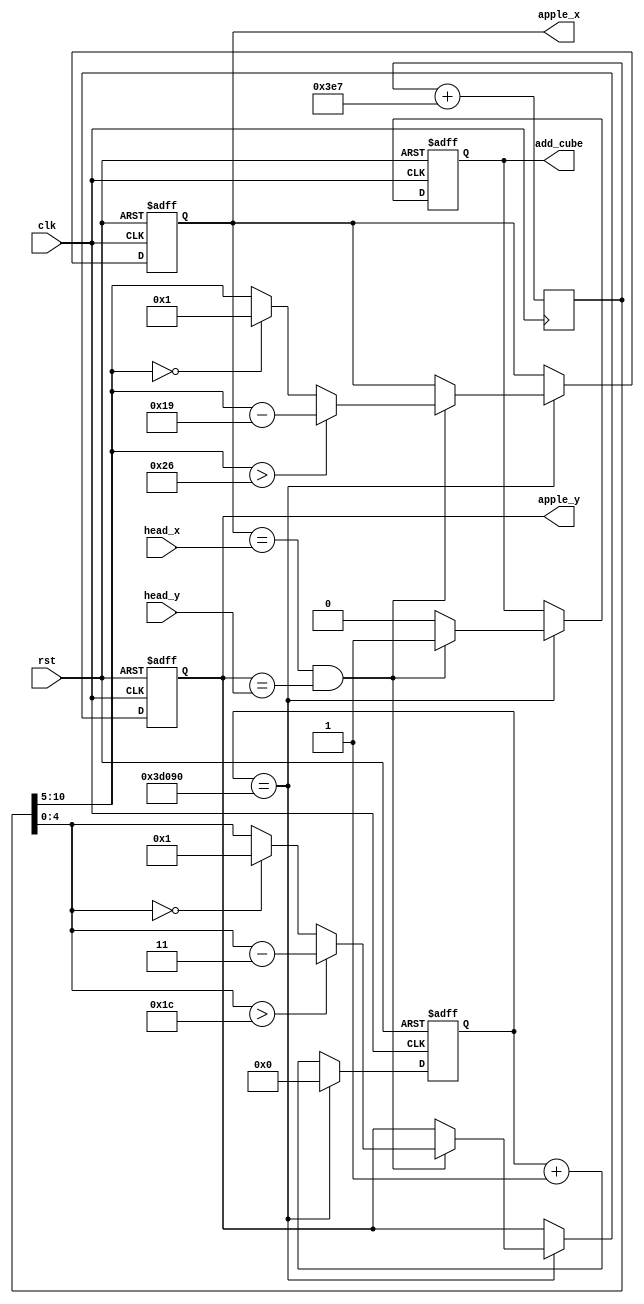
//
module Snake_Eatting_Apple
(
	input clk,
	input rst,
	
	input [5:0]head_x,
	input [5:0]head_y,
	
	output reg [5:0]apple_x,
	output reg [4:0]apple_y,

	output reg add_cube
);

	reg [31:0]clk_cnt;
	reg [10:0]random_num;
	
	always@(posedge clk)
		random_num <= random_num + 999;  //  
		//5X 5Y
	
	always@(posedge clk or negedge rst) begin
		if(!rst) begin
			clk_cnt <= 0;
			apple_x <= 24;
			apple_y <= 10;
			add_cube <= 0;
		end
		else begin
			clk_cnt <= clk_cnt+1;
			if(clk_cnt == 250_000) begin
				clk_cnt <= 0;
				if(apple_x == head_x && apple_y == head_y) begin
					add_cube <= 1;
					apple_x <= (random_num[10:5] > 38) ? (random_num[10:5] - 25) : (random_num[10:5] == 0) ? 1 : random_num[10:5];
					apple_y <= (random_num[4:0] > 28) ? (random_num[4:0] - 3) : (random_num[4:0] == 0) ? 1:random_num[4:0];
				end   // X Y
				else
					add_cube <= 0;
			end
		end
	end
endmodule